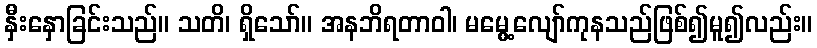
နှီးနှောခြင်းသည်။ သတိ၊ ရှိသော်။ အနဘိရတာဝါ၊ မမွေ့လျော်ကုနသည်ဖြစ်၍မူ၍လည်း။